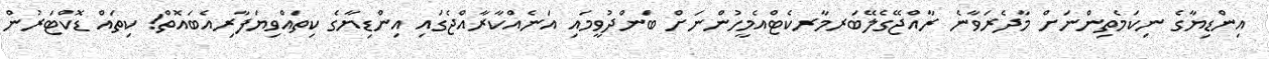
އިންޑިޔާގެ ނިކަމެތިންނަށް މާދެރަވާނެ ރާއްޖޭގެލޭބަރމާރކެޓްއެމީހުންނަށް ބަންދުވީމައި އަނެއްކާރާއްޖެގައި އިންޑިޔާގެ ކިތައްވިޔަފާރިއެބައޮތް! ކިތައް ޑޮކްޓަރުން